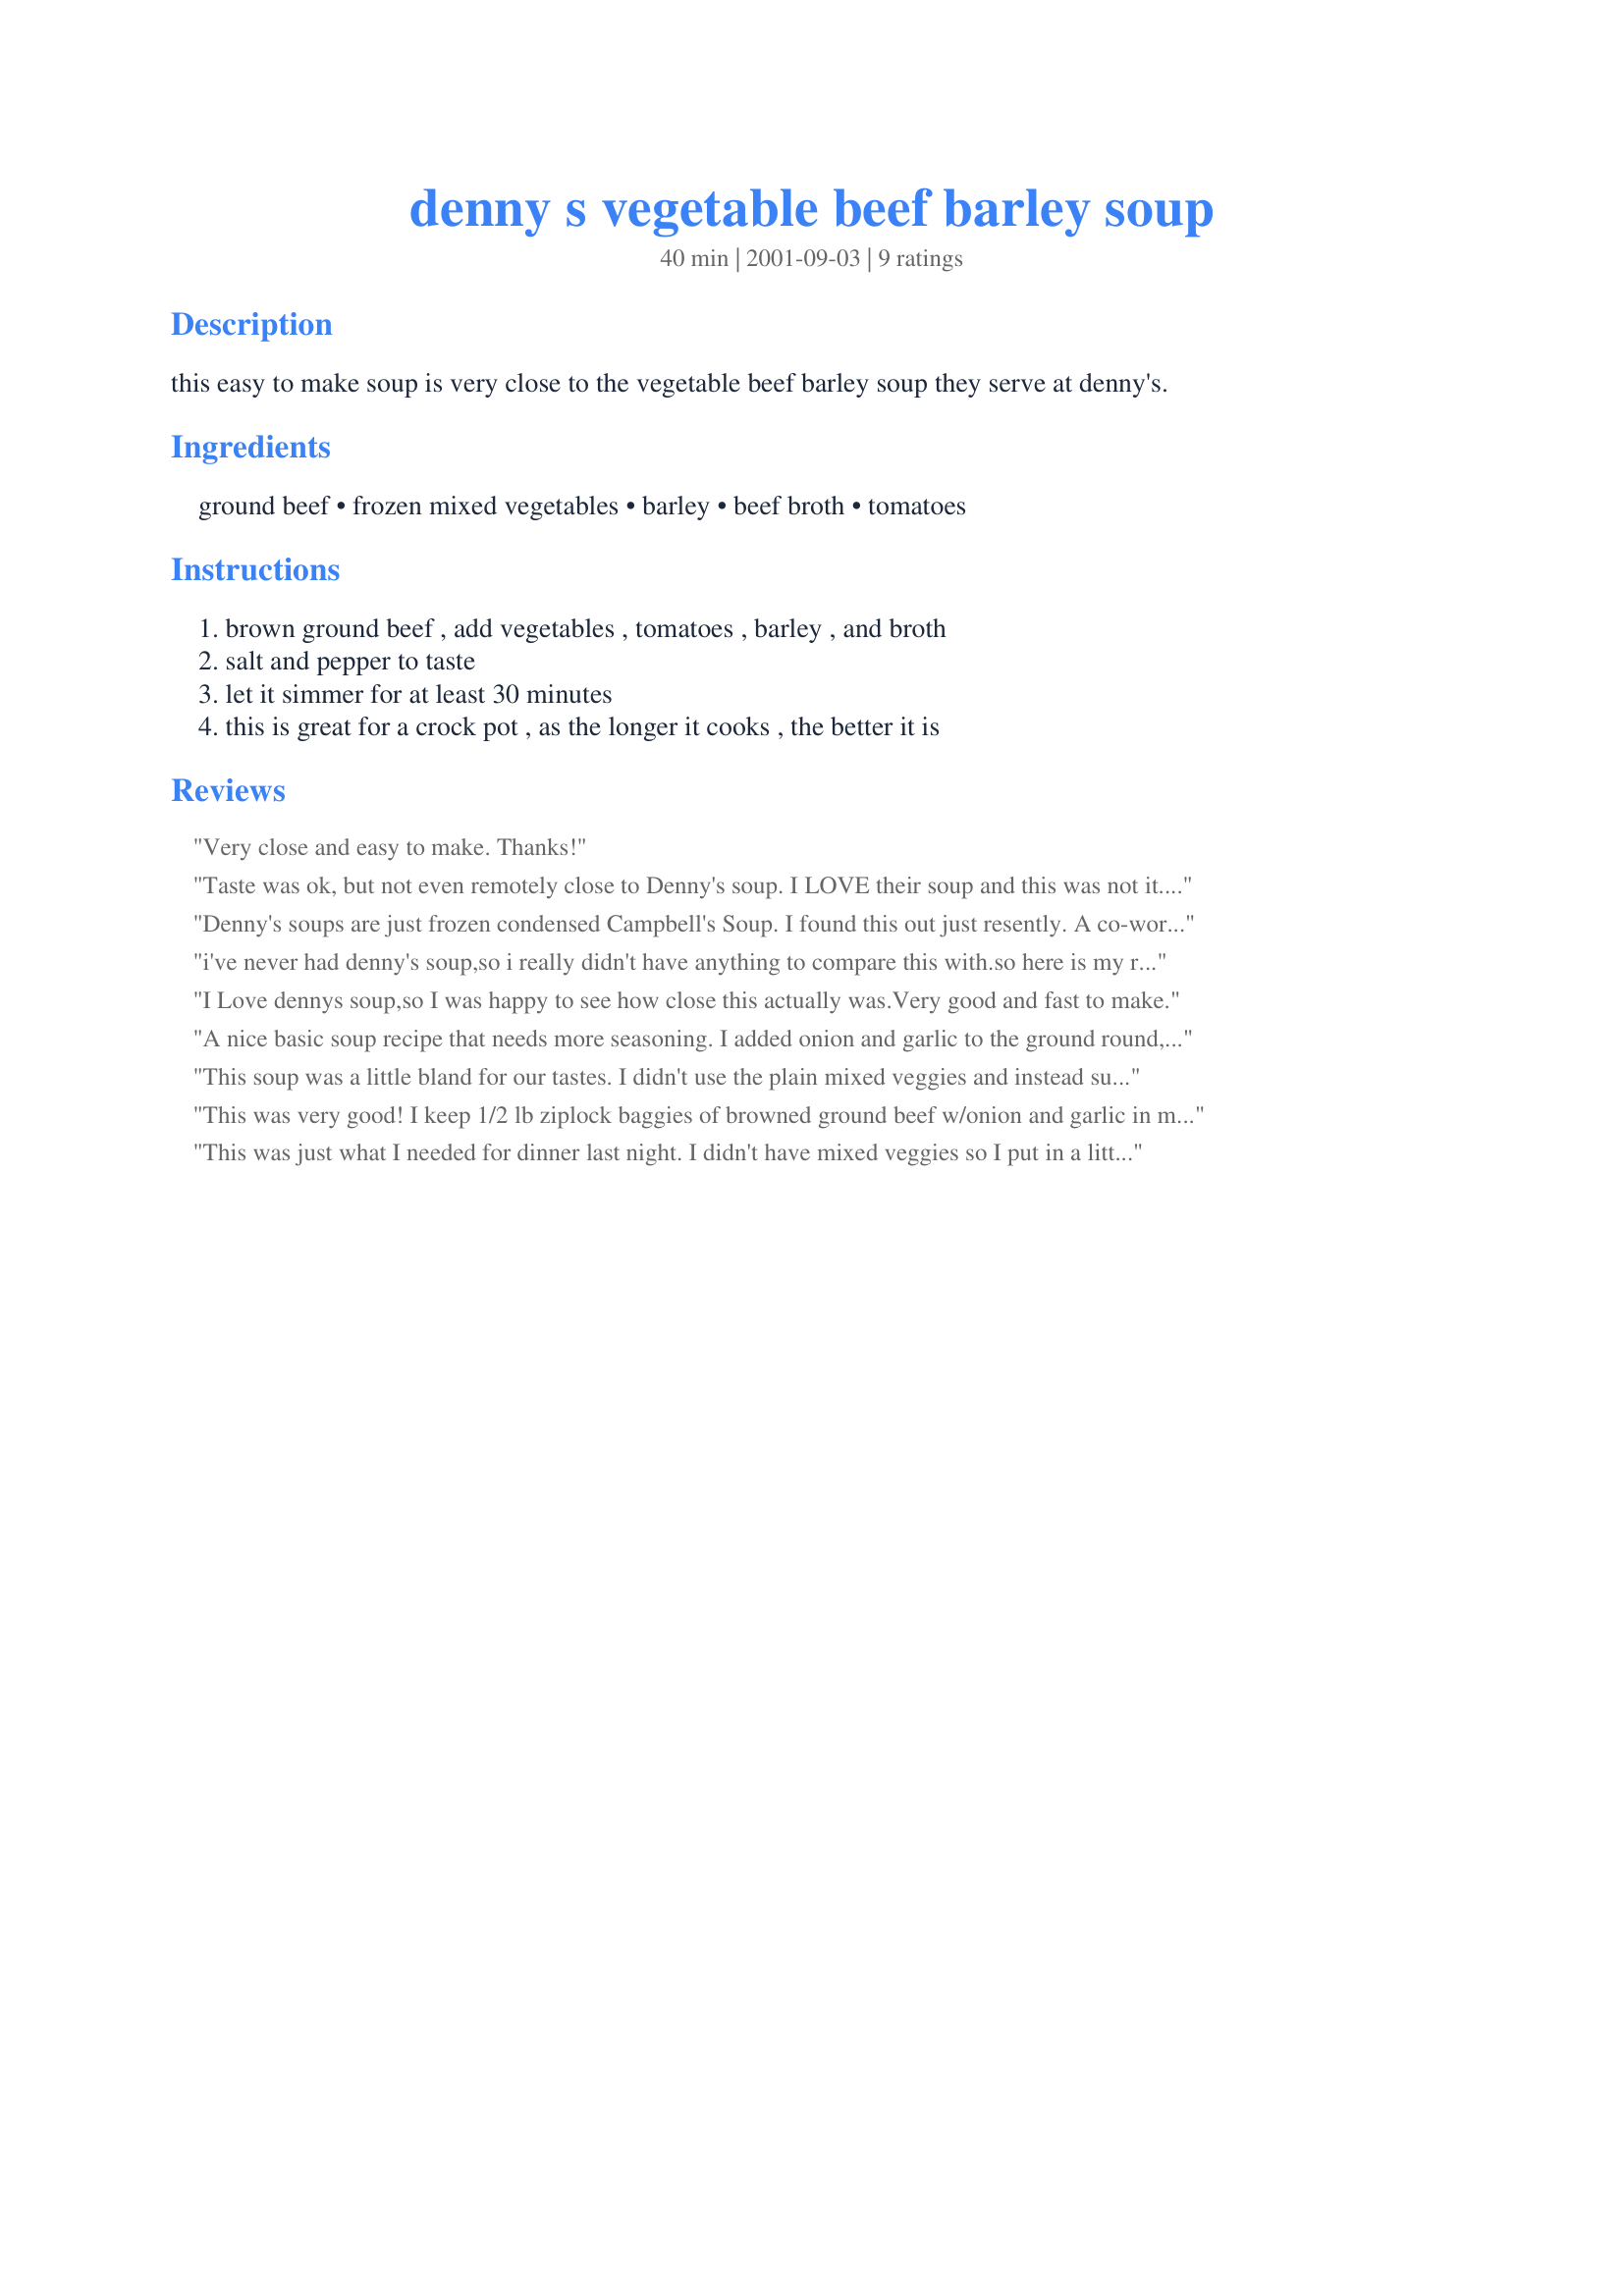
denny s vegetable beef barley soup
Preparation time: 40 minutes

this easy to make soup is very close to the vegetable beef barley soup they serve at denny's.

Ingredients:
ground beef, frozen mixed vegetables, barley, beef broth, tomatoes

Steps:
brown ground beef , add vegetables , tomatoes , barley , and broth, salt and pepper to taste, let it simmer for at least 30 minutes, this is great for a crock pot , as the longer it cooks , the better it is

Reviews:
Very close and easy to make. Thanks!
Taste was ok, but not even remotely close to Denny's soup. I LOVE their soup and this was not it. Still, this recipe was ok, but I'd say needs a little something.
Denny's soups are just frozen condensed Campbell's Soup. I found this out just resently. A co-worker went to Denny's and thought the soup looked good, so she asked if they were made or frozen and they said frozen and she "oh poop" I get those at work, so she skipped the soup. We buy them in 2 liter containers.
i've never had denny's soup,so i really didn't have anything to compare this with.so here is my review,i started this about 45 minutes before i wanted to serve it. as i was browning the ground beef i seasoned the meat with the pepper and a little bit of seasoned salt.i didn't have the beef broth so i used 4 beef bullion cubes,with 4 cups of water.and i added 1/4 cup more of barley to thicken it a little bit more.this was really a very good soup,it will be made again. thank you for posting.
I Love dennys soup,so I was happy to see how close this actually was.Very good and fast to make.
A nice basic soup recipe that needs more seasoning. I added onion and garlic to the ground round, V-8 juice, and more barley. These additions were nice but the soup is still a bit bland tasting. Close to Denny's soup but not quite there.
This soup was a little bland for our tastes. I didn't use the plain mixed veggies and instead subbed a roasted and seasoned Mediterranean blend. With the plain veggies, as the recipe calls for, I imagine the flavor to be even more plain. In the future, I would add garlic and sauté onion with the ground beef. I might also substitute some of the seasoned canned tomatoes that are in the markets. This may be close to Denny's, but it just wasn't for us...and we love beef barley soups.
This was very good! I keep 1/2 lb ziplock baggies of browned ground beef w/onion and garlic in my freezer. The remaining ingredients I usually have on hand in my pantry. Hubby works out of town during the week and this was a great easy fix dinner for me on a chilly, rainy day. I'm sure the leftovers will be even better tomorrow for lunch. I can't compare it to Denny's but I can say it is delicious for such a quick and easy recipe! Thank You for posting!
This was just what I needed for dinner last night. I didn't have mixed veggies so I put in a little corn, a little green beans and a little peas. Worked great. I froze the leftovers.
